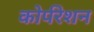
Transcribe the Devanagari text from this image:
कोर्परेशन